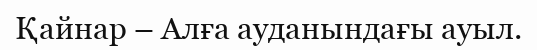
Қайнар – Алға ауданындағы ауыл.